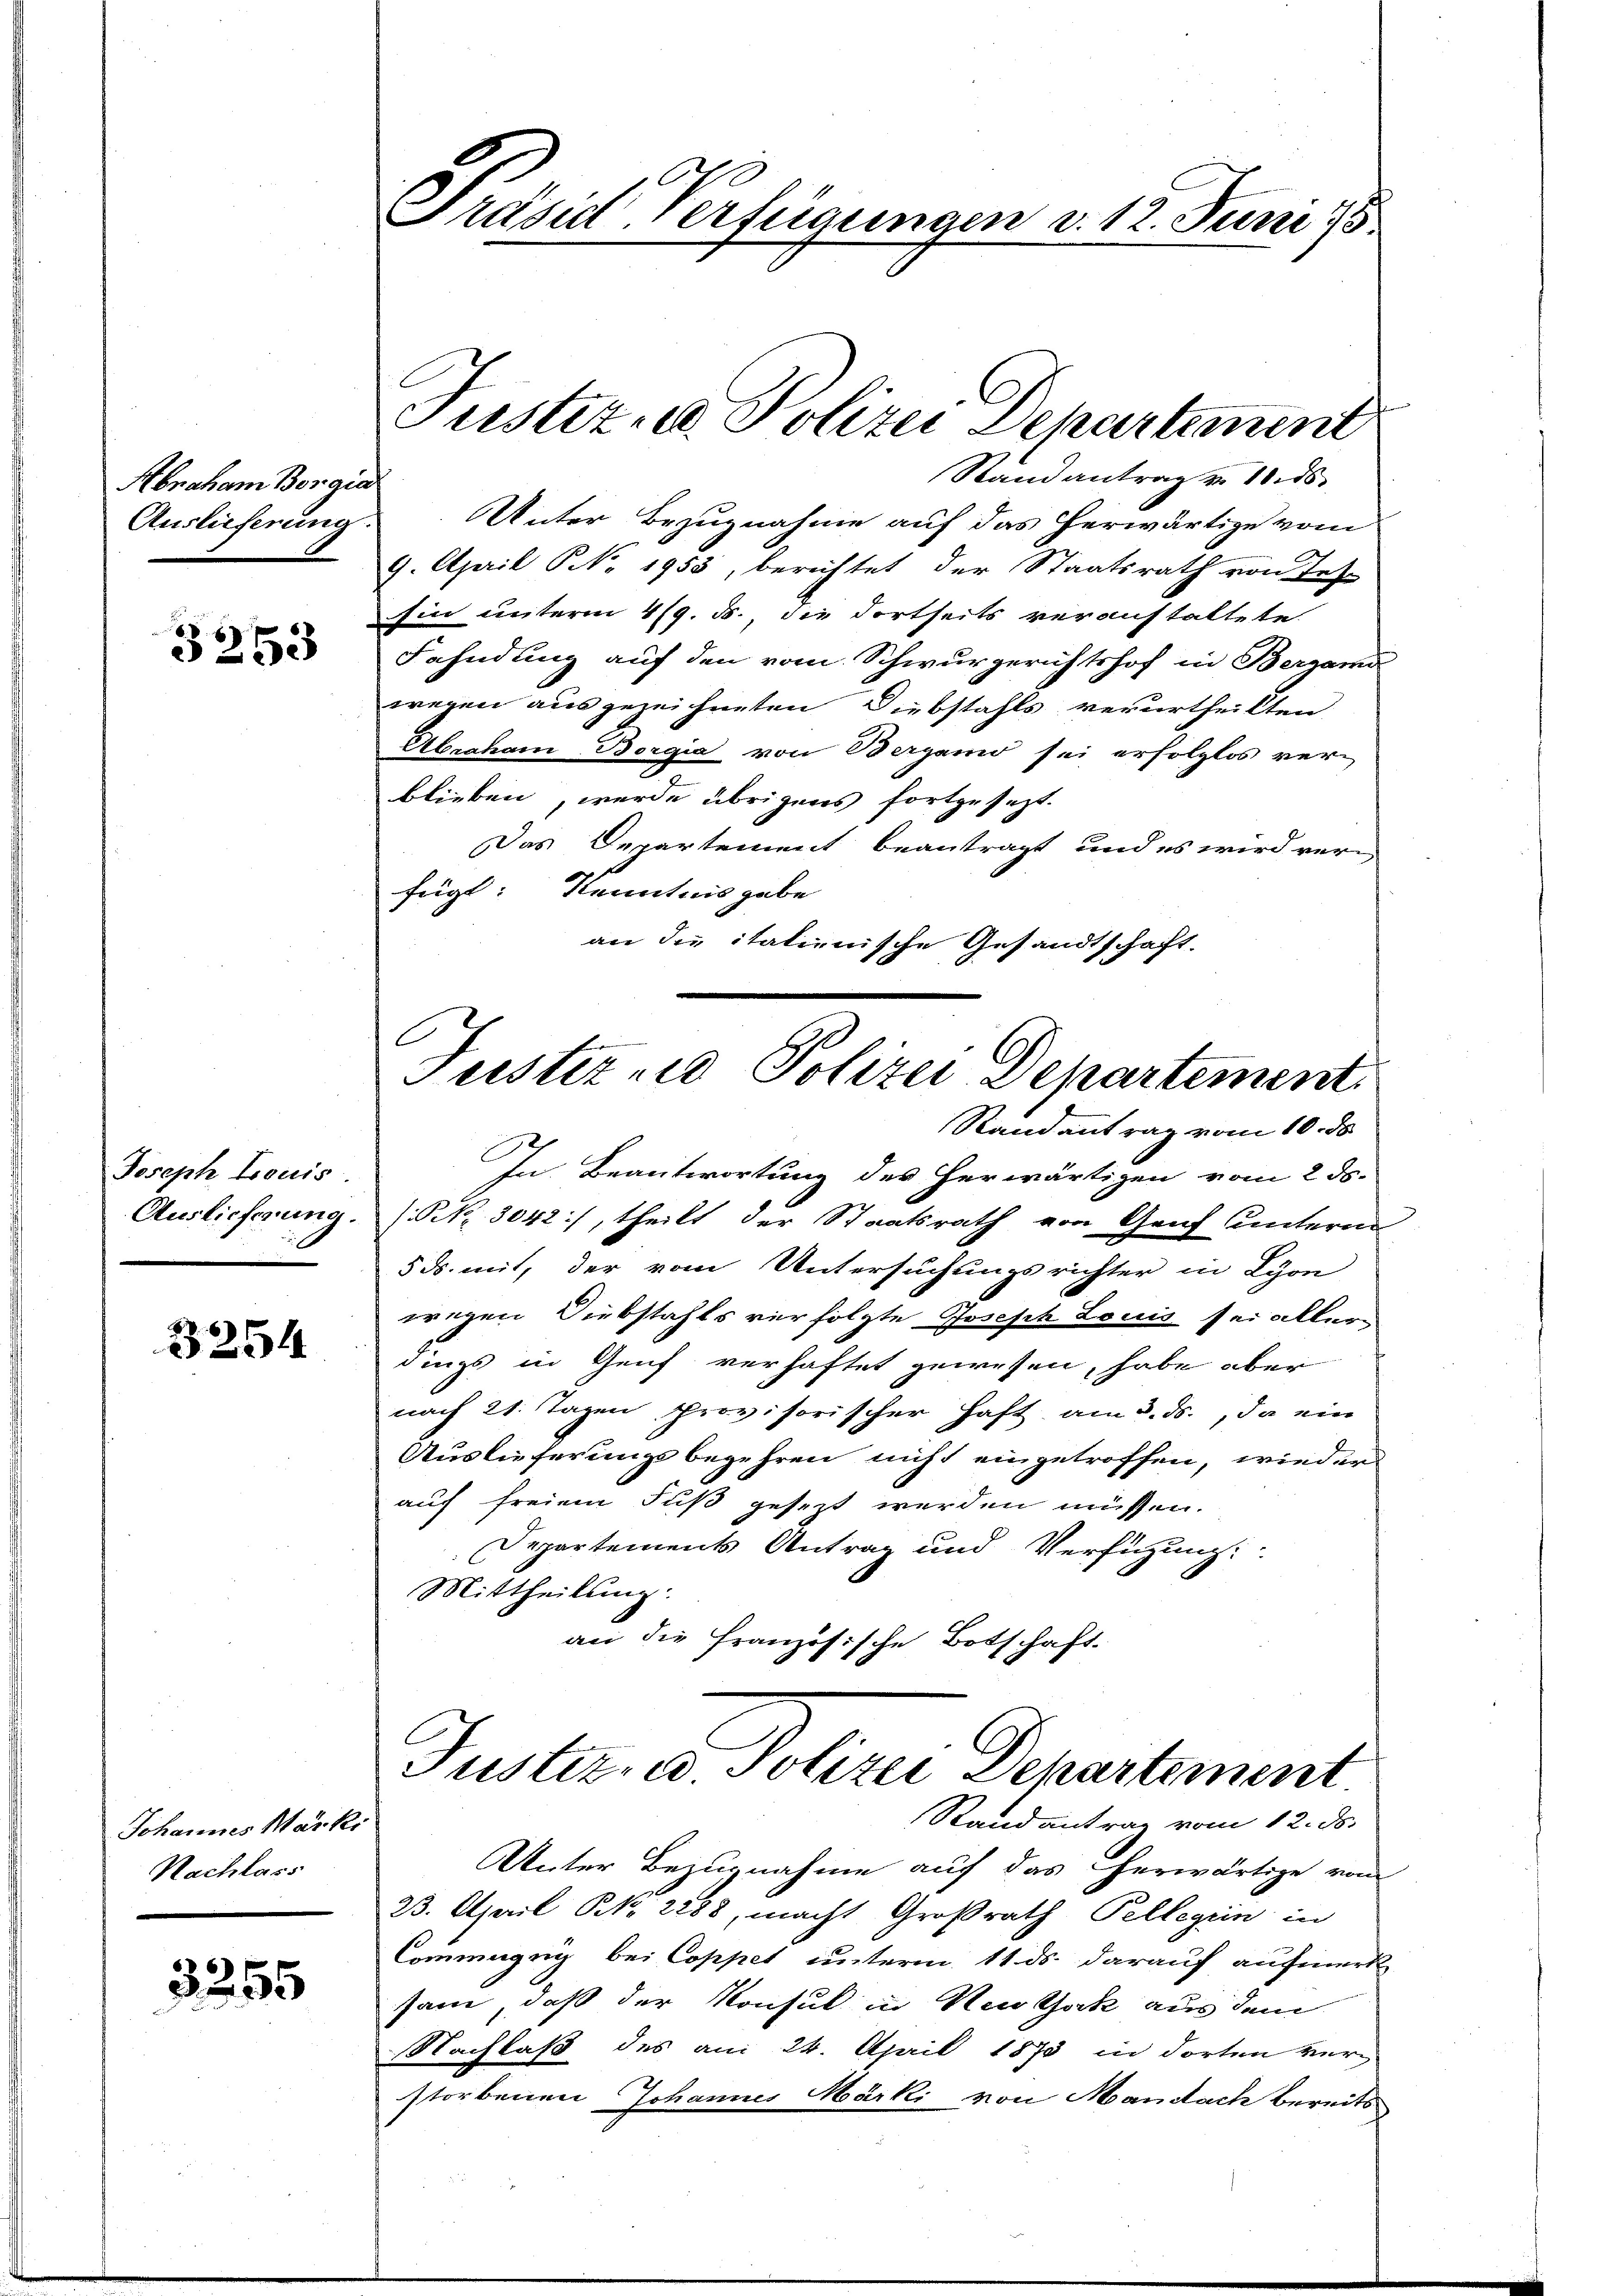
Abraham Borgin
Auslieferung.

x
253

Joseph Louis
Auslieferung.

2254

Johannes Marki
Nachlass

3255

Unter Bezugnahme auf das herwärtige vom
9. April NNo. 1953, berichtet der Staatsrath von Tes-
Ein unterm 419. ds., die dortseits veranstaltete.
Fahndung auf den vom Schwurgerichtshof in Bergamo
wegen ausgezeichneten Diebstahls verurtheilten
Abephan Borgia von Bergamo sei erfolglos verblieben, werde übrigens fortgesezt.
Das Departement beantragt und es wird verfügt: Kenntnis gabe
an die itationische Gesandtschaft.

Präsid. Verfügungen d. 12. Juni 185

Justiz- u. Polizei Departement
Stand antrag v. 10. ds.

C
Justiz und Polizei Departement
Randantrag vom 10. ds

Justiz, u. Polizei Departement
Randantrag vom 12. ds.

In Beantwortung des herwärtigen vom 2 ds.
(Prk. 3042/, theilt der Staatsrath von Genf unterm
5 ds. mit, der vom Untersuchungsrichter in Lyon
wegen Diebstahls verfolgte Joseph Louis sei aller
dings in Genf verhaftet gewesen, habe aber
nach 21. Tagen provisorischer Haft am 5. ds., da ein
Auslieferungsbegehren nicht eingetroffen, wieder
auf freiem Fuß gesezt werden müssen.
Departements Antrag und Verfügung:
Mittheilung:
an die französische Botschaft.

Unter Bezugnahme auf das herwärtige vom
23. April No 2288, macht Großrath Pellegen in
Commugug bei Coppet unterm 11. ds. darauf aufmerk
sam, daß der Konsul in Nothock aus dem
Nachlaß des am 24. April 1873 in dorten verstorbenen Johannes Märki von Mandach bereits